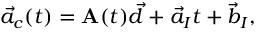
\vec { a } _ { c } ( t ) = \mathbf { A } ( t ) \vec { d } + \vec { a } _ { I } t + \vec { b } _ { I } ,